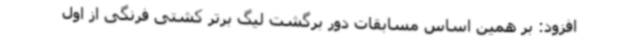
افزود: بر همین اساس مسابقات دور برگشت لیگ برتر کشتی فرنگی از اول